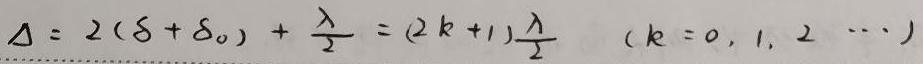
$\Delta = 2(\delta+\delta_0)+\frac{\lambda}{2}=(2k + 1)\frac{\lambda}{2}\quad(k = 0,1,2,\cdots)$